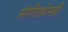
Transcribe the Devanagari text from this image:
संगीतप्रेमही